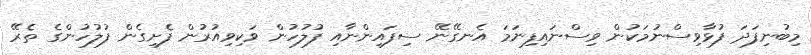
މިބުނިފަދަ ފުޅާވިސްނުމަކުން ވިސްނައިފިނަމަ އެނގޭނޭ ސިފައިންނާއި ފުލުހުން ވަކިވިއުރުން ފެށިގެން ފުލުހުންގެ ތެރޭ